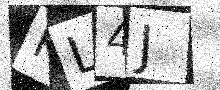
Text: KL4J